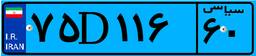
۶۱D۵۲۶۹۷